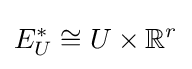
{\textstyle E_{U}^{*}\cong U\times \mathbb {R} ^{r}}